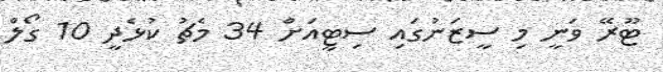
ޓޫރޭ ވަނީ މި ސީޒަނުގައި ސިޓީއަށް 34 މެޗު ކުޅެދީ 10 ގޯލް